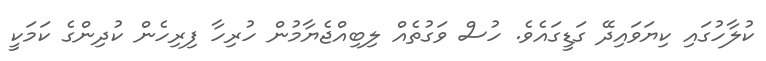
ކުލާހުގައި ކިޔަވައިދޭ ގަޑީގައެވެ. ހުސް ވަގުތެއް ލިބިއްޖެޔާމުން ހުރިހާ ފިރިހެން ކުދިންގެ ކަމަކީ